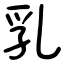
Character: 乳